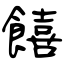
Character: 饎